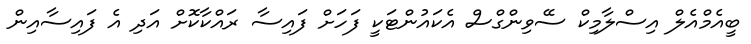
ބީއެމްއެލް އިސްލާމިކް ސޭވިންގްސް އެކައުންޓަކީ ފަހަށް ފައިސާ ރައްކާކޮށް އަދި އެ ފައިސާއިން